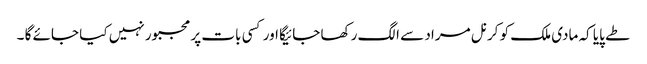
طے پایا کہ مادی ملک کو کرنل مراد سے الگ رکھا جائیگا اور کسی بات پر مجبور نہیں کیا جائے گا ۔